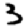
Digit: 3